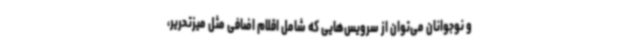
و نوجوانان می‌توان از سرویس‌هایی که شامل اقلام اضافی مثل میزتحریر،